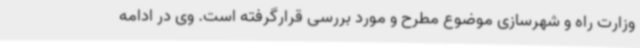
وزارت راه و شهرسازی موضوع مطرح و مورد بررسی قرارگرفته است. وی در ادامه